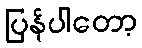
ပြန်ပါတော့